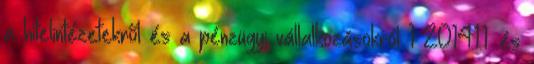
a hitelintézetekről és a pénzügyi vállalkozásokról 1 2014.1.1. és